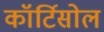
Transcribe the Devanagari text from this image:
कॉर्टिसोल